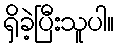
ရှိခဲ့ပြီးသူပါ။